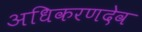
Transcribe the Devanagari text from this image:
अधिकरणदेव